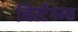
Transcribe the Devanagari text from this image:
निस्टैगम्स